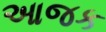
આજક